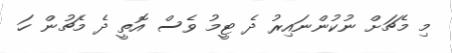
މި މެޗަށް ނުކުންނައިރު ދެ ޓީމު ވެސް އޮތީ ދެ މެޗުން ހަ